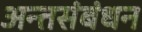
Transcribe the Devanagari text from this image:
अन्तसंबंधन